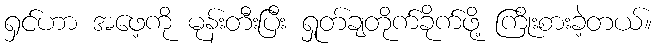
ရှင်ဟာ အဖေ့ကို မုန်းတီးပြီး ရှုတ်ချတိုက်ခိုက်ဖို့ ကြိုးစားခဲ့တယ်။